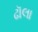
ઢૉલા